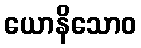
ယောနိသောဝ